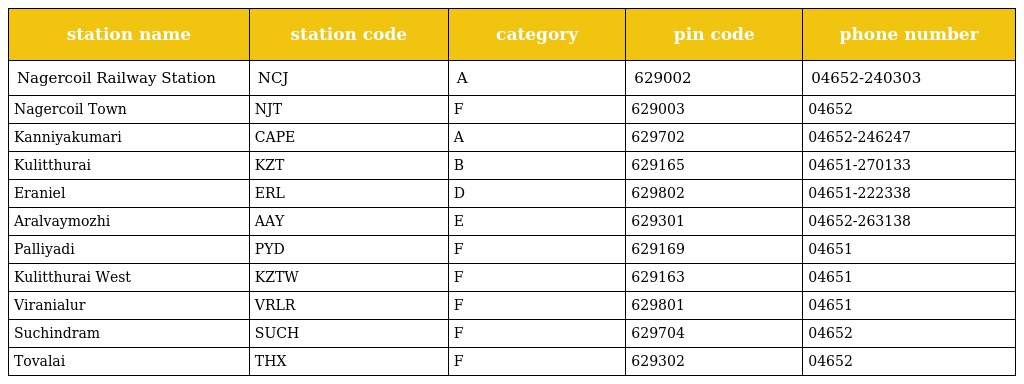
| station name | station code | category | pin code | phone number |
 | --- | --- | --- | --- | --- |
 | Nagercoil Railway Station | NCJ | A | 629002 | 04652-240303 |
 | Nagercoil Town | NJT | F | 629003 | 04652 |
 | Kanniyakumari | CAPE | A | 629702 | 04652-246247 |
 | Kulitthurai | KZT | B | 629165 | 04651-270133 |
 | Eraniel | ERL | D | 629802 | 04651-222338 |
 | Aralvaymozhi | AAY | E | 629301 | 04652-263138 |
 | Palliyadi | PYD | F | 629169 | 04651 |
 | Kulitthurai West | KZTW | F | 629163 | 04651 |
 | Viranialur | VRLR | F | 629801 | 04651 |
 | Suchindram | SUCH | F | 629704 | 04652 |
 | Tovalai | THX | F | 629302 | 04652 |